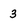
Character: 3